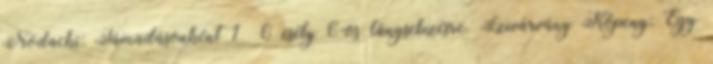
Nodachi: Támadásonként 1 6 esély 6-os lángsebzésre. Szivárvány Köpeny: Egy